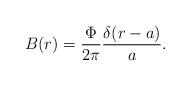
LaTeX: \begin{align*}B(r) = \displaystyle\frac{\Phi}{2\pi} \displaystyle\frac{\delta (r -a)}{a}.\end{align*}